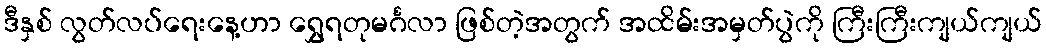
ဒီနှစ် လွတ်လပ်ရေးနေ့ဟာ ရွှေရတုမင်္ဂလာ ဖြစ်တဲ့အတွက် အထိမ်းအမှတ်ပွဲကို ကြီးကြီးကျယ်ကျယ်